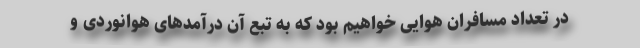
در تعداد مسافران هوایی خواهیم بود که به تبع آن درآمدهای هوانوردی و